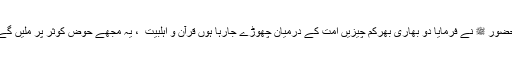
حضور ﷺ نے فرمایا دو بھاری بھرکم چیزیں امت کے درمیان چھوڑے جارہا ہوں قرآن و اہلبیت ؑ ، یہ مجھے حوض کوثر پر ملیں گے۔